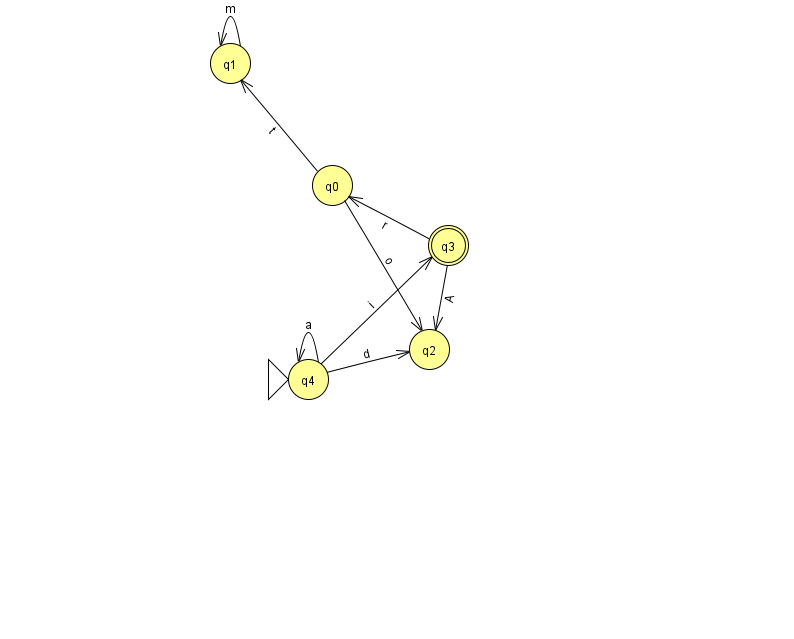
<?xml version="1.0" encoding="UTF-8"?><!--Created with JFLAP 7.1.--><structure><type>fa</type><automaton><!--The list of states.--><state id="0" name="q0"><x>332.0</x><y>172.0</y></state><state id="1" name="q1"><x>230.0</x><y>50.0</y></state><state id="2" name="q2"><x>429.0</x><y>336.0</y></state><state id="3" name="q3"><x>448.0</x><y>232.0</y><final/></state><state id="4" name="q4"><x>308.0</x><y>366.0</y><initial/></state><!--The list of transitions.--><transition><from>3</from><to>2</to><read>A</read></transition><transition><from>3</from><to>0</to><read>r</read></transition><transition><from>4</from><to>4</to><read>a</read></transition><transition><from>4</from><to>3</to><read>i</read></transition><transition><from>0</from><to>1</to><read>t</read></transition><transition><from>4</from><to>2</to><read>d</read></transition><transition><from>0</from><to>2</to><read>o</read></transition><transition><from>1</from><to>1</to><read>m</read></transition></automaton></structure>